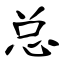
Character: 总